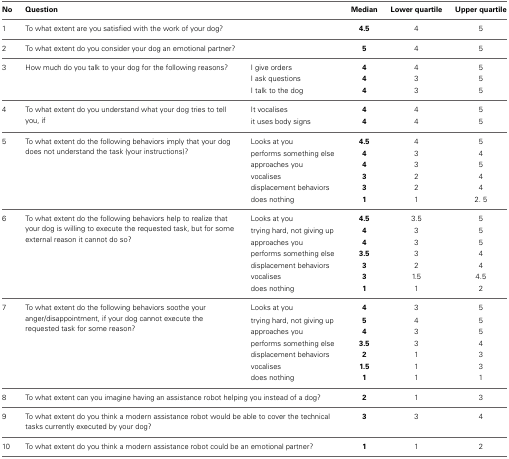
| No | <COLSPAN=2> Question | Median | Lower quartile | Upper quartile |
 | --- | --- | --- | --- | --- | --- |
 | 1 | <COLSPAN=2> To what extent are you satisfied with the work of your dog? | 4.5 | 4 | 5 |
 | 2 | <COLSPAN=2> To what extent do you consider your dog an emotional partner? | 5 | 4 | 5 |
 | 3 | <ROWSPAN=2> How much do you talk to your dog for the following reasons? | I give orders | 4 | 4 | 5 |
 |  | I ask questions | 4 | 3 | 5 |
 |  |  | I talk to the dog | 4 | 3 | 5 |
 | 4 | <ROWSPAN=2> To what extent do you understand what your dog tries to tell you, if | It vocalises | 4 | 4 | 5 |
 |  | it uses body signs | 4 | 4 | 5 |
 | 5 | <ROWSPAN=5> To what extent do the following behaviors imply that your dog does not understand the task (your instructions)? | Looks at you | 4.5 | 4 | 5 |
 |  | performs something else | 4 | 3 | 4 |
 |  | approaches you | 4 | 3 | 5 |
 |  | vocalises | 3 | 2 | 4 |
 |  | displacement behaviors | 3 | 2 | 4 |
 |  |  | does nothing | 1 | 1 | 2. 5 |
 | 6 | <ROWSPAN=7> To what extent do the following behaviors help to realize that your dog is willing to execute the requested task, but for some external reason it cannot do so? | Looks at you | 4.5 | 3.5 | 5 |
 |  | trying hard, not giving up | 4 | 3 | 5 |
 |  | approaches you | 4 | 3 | 5 |
 |  | performs something else | 3.5 | 3 | 4 |
 |  | displacement behaviors | 3 | 2 | 4 |
 |  | vocalises | 3 | 1.5 | 4.5 |
 |  | does nothing | 1 | 1 | 2 |
 | 7 | <ROWSPAN=7> To what extent do the following behaviors soothe your anger/disappointment, if your dog cannot execute the requested task for some reason? | Looks at you | 4 | 3 | 5 |
 |  | trying hard, not giving up | 5 | 4 | 5 |
 |  | approaches you | 4 | 3 | 5 |
 |  | performs something else | 3.5 | 3 | 4 |
 |  | displacement behaviors | 2 | 1 | 3 |
 |  | vocalises | 1.5 | 1 | 3 |
 |  | does nothing | 1 | 1 | 1 |
 | 8 | <COLSPAN=2> To what extent can you imagine having an assistance robot helping you instead of a dog? | 2 | 1 | 3 |
 | 9 | <COLSPAN=2> To what extent do you think a modern assistance robot would be able to cover the technical tasks currently executed by your dog? | 3 | 3 | 4 |
 | 10 | <COLSPAN=2> To what extent do you think a modern assistance robot could be an emotional partner? | 1 | 1 | 2 |